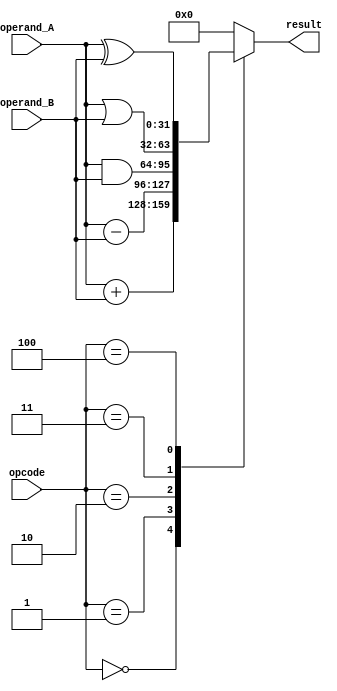
module ALU (
    input wire [3:0] opcode,          // 4-bit opcode to select operation
    input wire [31:0] operand_A,      // First input operand
    input wire [31:0] operand_B,      // Second input operand
    output reg [31:0] result          // Output result
);

// Parameter definitions for opcode
parameter ADD = 4'b0000;
parameter SUB = 4'b0001;
parameter AND = 4'b0010;
parameter OR  = 4'b0011;
parameter XOR = 4'b0100;

always @(*)
begin
    case (opcode)
        ADD: result = operand_A + operand_B;
        SUB: result = operand_A - operand_B;
        AND: result = operand_A & operand_B;
        OR : result = operand_A | operand_B;
        XOR: result = operand_A ^ operand_B;
        default: result = 32'b0; // Default to 0 for unknown opcodes
    endcase
end

endmodule